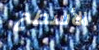
الأسطح